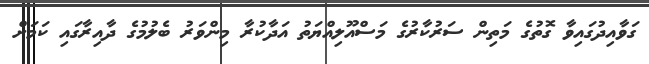
ގަވާއިދުގައިވާ ގޮތުގެ މަތިން ސަރުކާރުގެ މަސްއޫލިއްޔަތު އަދާކުރާ މިންވަރު ބެލުމުގެ ދާއިރާގައި ކަމަށް